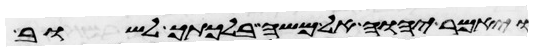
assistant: ויאמר יהוה אל משה בלכתך לשוב